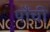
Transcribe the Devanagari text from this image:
पौंची